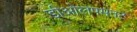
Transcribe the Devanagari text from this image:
डीओलपमनट